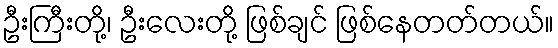
ဦးကြီးတို့၊ ဦးလေးတို့ ဖြစ်ချင် ဖြစ်နေတတ်တယ်။